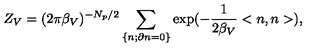
Z _ { V } = ( 2 \pi { \beta } _ { V } ) ^ { - N _ { p } / 2 } \sum _ { \left\{ n ; \partial n = 0 \right\} } \exp ( - \frac { 1 } { 2 { \beta } _ { V } } < n , n > ) ,